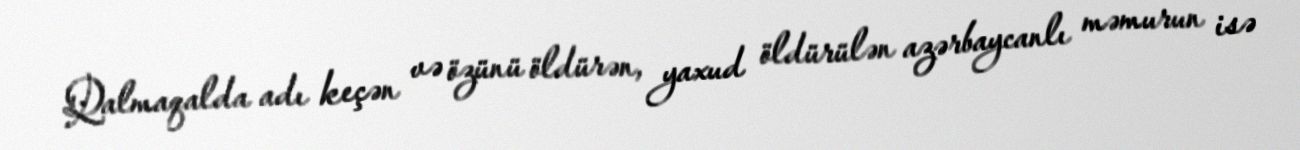
Qalmaqalda adı keçən və özünü öldürən, yaxud öldürülən azərbaycanlı məmurun isə